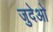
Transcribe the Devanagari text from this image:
जुदेओ